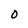
Character: 0